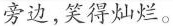
旁边，笑得灿烂。